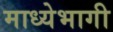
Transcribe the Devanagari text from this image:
माध्येभागी